Medical and sanitary report of the native army of Madras for the year
Year: 1872
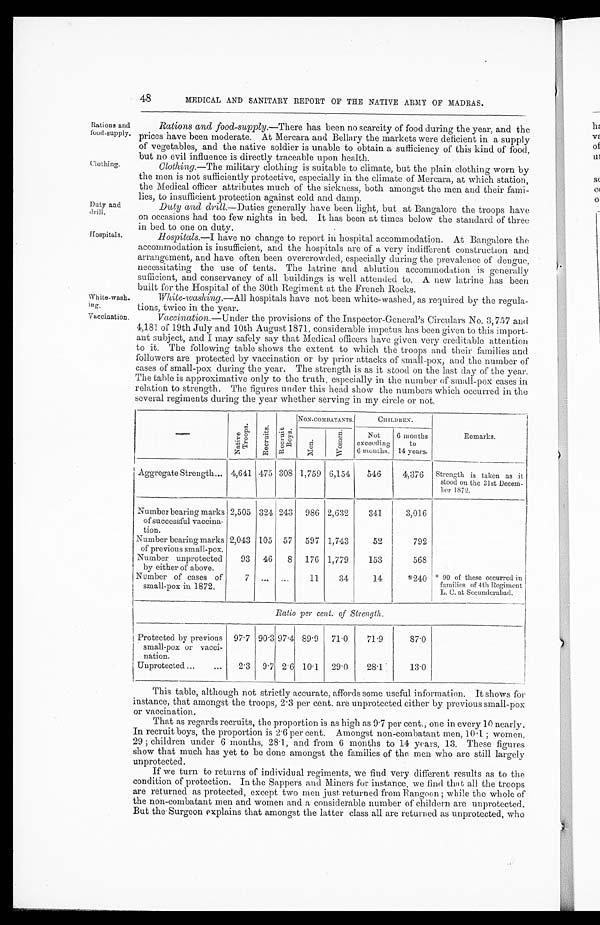
Rations and
food-supply.
Clothing.
Duty and
Hospitals.
48
MEDICAL AND SANITARY REPORT OF THE NATIVE ARMY OF MADRAS.
White-wash.
Vaccination.
Rations and food-supply .—There has been no scarcity of food during the year, and the
prices have been moderate. At Mercara and Bellary the markets were deficient in a supply
of vegetables, and the native soldier is unable to obtain a sufficiency of this kind of food,
but no evil influence is directly traceable upon health.
Clothing.—The military clothing is suitable to climate, but the plain clothing worn by
the men is not sufficiently protective, especially in the climate of Mercara, at which station,
the Medical officer attributes much of the sickness, both amongst the men and their fami-
lies, to insufficient protection against cold and damp.
Duty and. drill.—Duties generally have been light, but at Bangalore the troops have
on occasions had too few nights in bed. It has been at times below the standard of three
in bed to one on duty.
Hospitals.—I have no change to report in hospital accommodation. At Bangalore the
accommodation is insufficient, and the hospitals are of a very indifferent construction and
arrangement, and have often been overcrowded, especially during the prevalence of dengue,
necessitating the use of tents. The latrine and ablution accommodation is generally
sufficient, and conservancy of all buildings is well attended to. A new latrine has been
built for the Hospital of the 30th Regiment at the French Rocks.
White-washing .—All hospitals have not been white-washed, as required by the regula-
tions, twice in the year.
Vaccination.—Under the provisions of the Inspector-General's Circulars No. 3,757 and.
4,181 of 19th July and 10th August 1871, considerable impetus has been given to this import-
ant subject, and. I may safely say that Medical officers have given very creditable attention
to it. The following table shows the extent to which the troops and their families and
followers are protected by vaccination or by prior attacks of small-pox, and the number of
cases of small-pox during the year. The strength is as it stood on the last day of the year.
The table is approximative only to the truth, especially in the number of small-pox cases in
relation to strength. The figures under this head show the numbers which occurred in the
several regiments during the year whether serving in my circle or not.
—
N a t i v e T r o o p s Recr ui t s.
R e c r u i t B o y s
NON-COMBATANTS.
CHILDREN.
Remarks.
Men
Wo m e n
Not
exceeding
6 months.
6 months
14 years.
Aggregate Strength... 4,641 475 308 1,759 6,154
546
4,376 Strength is taken as it
stood on the 31st Decem-
ber 1872.
Number bearing marks
of successful vaccina-
tion.
2,505 324 243 986 2,632
341
3,016
Number bearing marks
of previous small-pox.
2,043 105 57 597 1,743
52
792
Number unprotected
by either of above.
93 46
8 176 1,779
153
568
Number of cases of
small-pox in 1872.
7
11
34
14
* 2 4 0 *90 of these occurred in
families of 4th Regiment
L. C. at Secunderabad.
Ratio per cent. of Strength.
Protected by previous
small-pox or vacci-
nation.
97.7 90.3 97.4 89.9 71.0
71.9
87.0
Uuprotected ...
...
2.3 9.7 2.6 10.1 29.0
28.1
13.0
This table, although not strictly accurate, affords some useful information. It shows for
instance, that amongst the troops, 2.3 per cent. are unprotected either by previous small-pox
or vaccination.
That as regards recruits, the proportion is as high as 9.7 per cent., one in every 10 nearly.
In recruit boys, the proportion is 2.6 per cent. Amongst non-combatant men,10.1 ; women,
29 ; children under 6 months, 281, and from 6 months to 14 years, 13. These figures
show that much has yet to be done amongst the families of the men who are still largely
unprotected.
If we turn to returns of individual regiments, we find very different results as to the
condition of protection. In the Sappers and Miners for instance, we find that all the troops
are returned as protected, except two men just, returned. from Rangoon ; while the whole of
the non-combatant men and women and a considerable number of children are unprotected.
But the Surgeon explains that amongst the latter class all are returned as unprotected, who